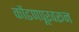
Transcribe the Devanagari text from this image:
कोंढणपूरवरून